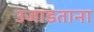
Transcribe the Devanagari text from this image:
उजाडताना